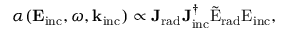
\alpha ( \mathbf { E } _ { \mathrm { { i n c } } } , \omega , \mathbf { k } _ { \mathrm { { i n c } } } ) \propto \mathbf { J _ { \mathrm { { r a d } } } } \mathbf { J _ { \mathrm { { i n c } } } ^ { \dagger } } \tilde { \mathrm { { E } } } _ { \mathrm { { r a d } } } \mathrm { { { E } } _ { \mathrm { { i n c } } } , }